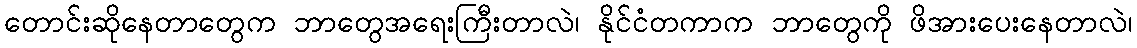
တောင်းဆိုနေတာတွေက ဘာတွေအရေးကြီးတာလဲ၊ နိုင်ငံတကာက ဘာတွေကို ဖိအားပေးနေတာလဲ၊